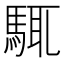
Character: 𩣘